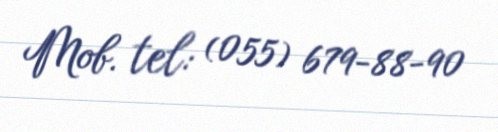
Mob. tel: (055) 679-88-90